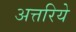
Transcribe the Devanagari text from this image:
अत्तरिये